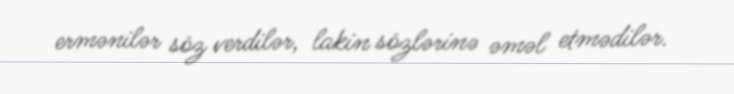
ermənilər söz verdilər, lakin sözlərinə əməl etmədilər.